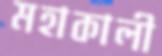
মহাকালী